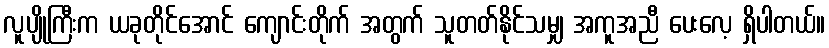
လူပျိုကြီးက ယခုတိုင်အောင် ကျောင်းတိုက် အတွက် သူတတ်နိုင်သမျှ အကူအညီ ပေးလေ့ ရှိပါတယ်။